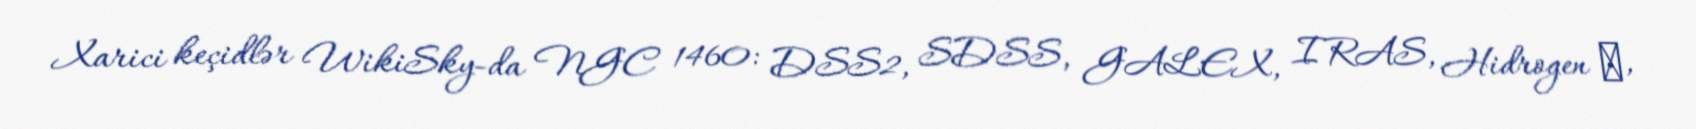
Xarici keçidlər WikiSky-da NGC 1460: DSS2, SDSS, GALEX, IRAS, Hidrogen α,